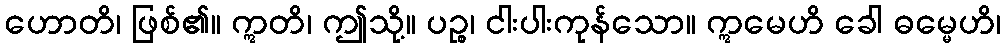
ဟောတိ၊ ဖြစ်၏။ ဣတိ၊ ဤသို့။ ပဉ္စ၊ ငါးပါးကုန်သော။ ဣမေဟိ ခေါ ဓမ္မေဟိ၊